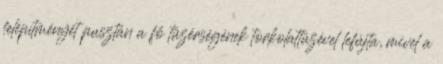
felépítményét pusztán a fő tüzérségének torkolattüzével lefújta, mivel a